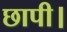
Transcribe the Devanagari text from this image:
छापी।